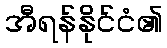
အီရန်နိုင်ငံ၏